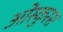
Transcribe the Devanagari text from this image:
ओस्कुरस